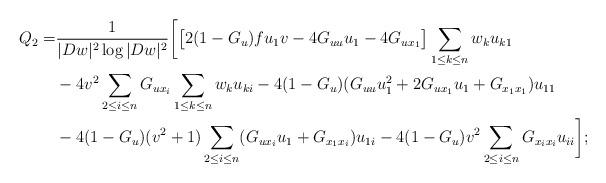
LaTeX: \begin{align*}Q_2=&\frac{1}{|Dw|^2\log|Dw|^2}\bigg[\big[2(1-G_u)fu_1v-4G_{uu}u_1-4G_{ux_1}\big]\sum_{1\leq k\leq n}w_ku_{k1}\\&-4v^2\sum_{2\leq i\leq n}G_{ux_i}\sum_{1\leq k\leq n}w_ku_{ki}-4(1-G_u)(G_{uu}u_1^2+2G_{ux_1}u_1+G_{x_1x_1})u_{11}\\&-4(1-G_u)(v^2+1)\sum_{2\leq i\leq n}(G_{ux_i}u_1+G_{x_1x_i})u_{1i}-4(1-G_u)v^2\sum_{2\leq i\leq n}G_{x_ix_i}u_{ii}\bigg];\end{align*}